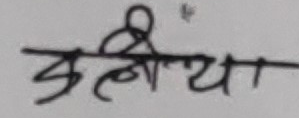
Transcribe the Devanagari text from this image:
उल्लीया